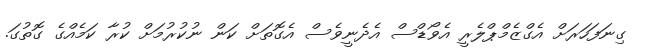
ގިނަފަހަރަށް އެގްޒެމްޕްލެރީ އެވޯޑްސް އެދެނީވެސް އެގޮތަށް ކަން ނުކުރުމަށް ކުރާ ކަމެއްގެ ގޮތުގަ.